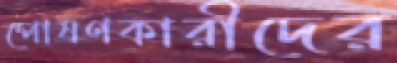
পোষণকারীদের